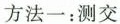
方法一：测交